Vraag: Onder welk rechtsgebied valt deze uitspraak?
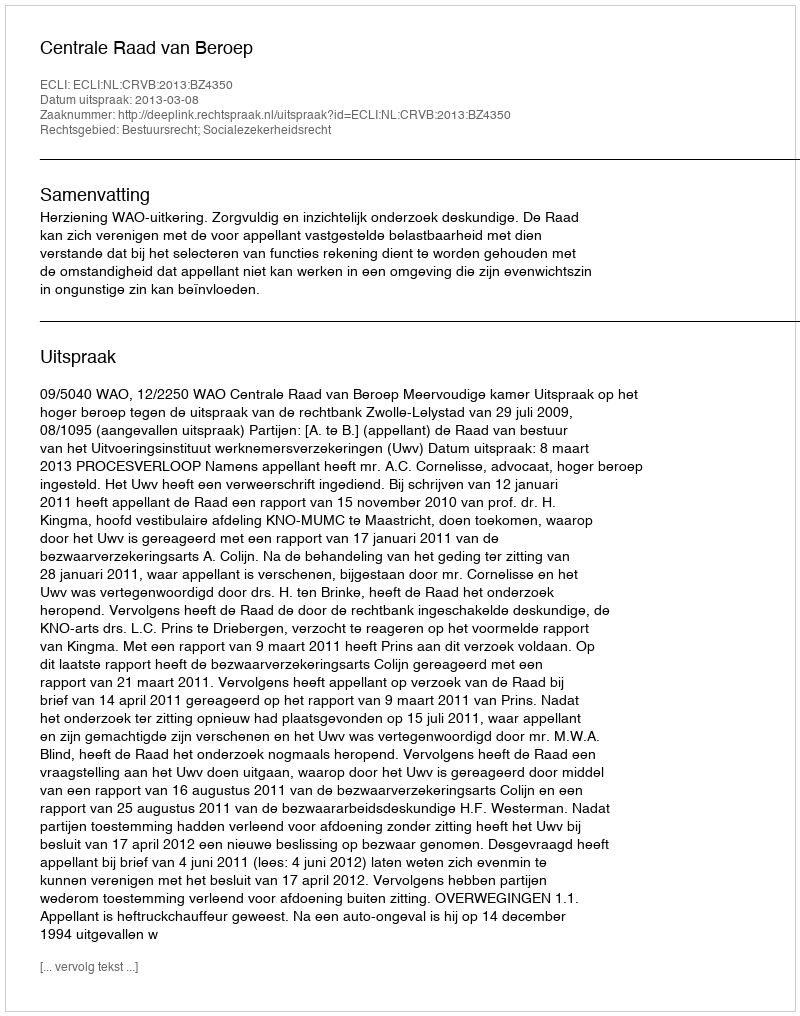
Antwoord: Bestuursrecht; Socialezekerheidsrecht